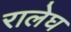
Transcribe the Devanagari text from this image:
रालेघ